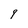
Character: 9